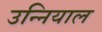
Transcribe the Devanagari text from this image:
उन्नियाल